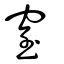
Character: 窒